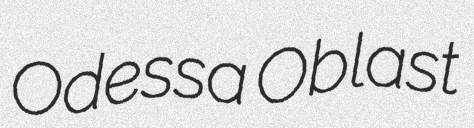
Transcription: Odessa Oblast